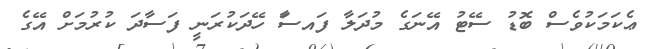
ޢެކަމަކުވެސް ބޮޑު ސޭޓު އޭނަގެ މުދަލާ ފައސާަ ހޭދަކުރަނީ ފަސާދަ ކުރުމަށް އޭގެ